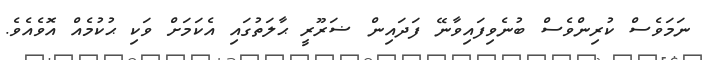
ނަމަވެސް ކުރިންވެސް ބުނެވިފައިވާނޭ ފަދައިން ޟަރޫރީ ޙާލަތުގައި އެކަމަށް ވަކި ޙުކުމެއް އޮވެއެވެ.